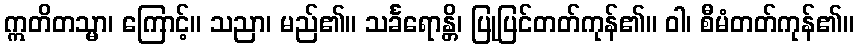
ဣတိတသ္မာ၊ ကြောင့်။ သညာ၊ မည်၏။ သင်္ခရောန္တိ၊ ပြုပြင်တတ်ကုန်၏။ ဝါ၊ စီမံတတ်ကုန်၏။